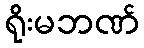
ရိုးမဘဏ်